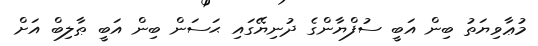
މުޢާވިޔަތު ބިން އަބީ ސުފްޔާންގެ ދުނިޔޭގައި ޙަސަން ބިން އަބީ ޠާލިބް އަށް